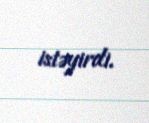
istəyirdi.